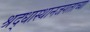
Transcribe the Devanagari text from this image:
श्रद्धास्थानजगताच्या